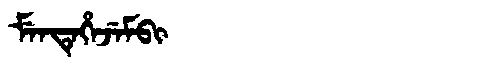
Manchu: ᠮᡝᠨᡨᡝᡥᡝᠵᡝᠮᠪᡳ
Romanization: MENTEHEJEMBI